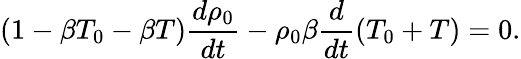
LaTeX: \left(1-\beta T_{0}-\beta T\right)\frac{d\rho_{0}}{dt}-\rho_{0}\beta\frac{d}{dt}\left(T_{0}+T\right)=0.